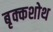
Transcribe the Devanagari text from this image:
बृक्कशोथ